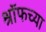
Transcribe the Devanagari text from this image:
श्रॉफच्या